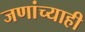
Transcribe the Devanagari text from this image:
जणांच्याही